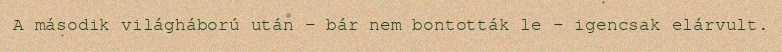
A második világháború után – bár nem bontották le – igencsak elárvult.